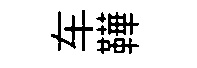
车鞾